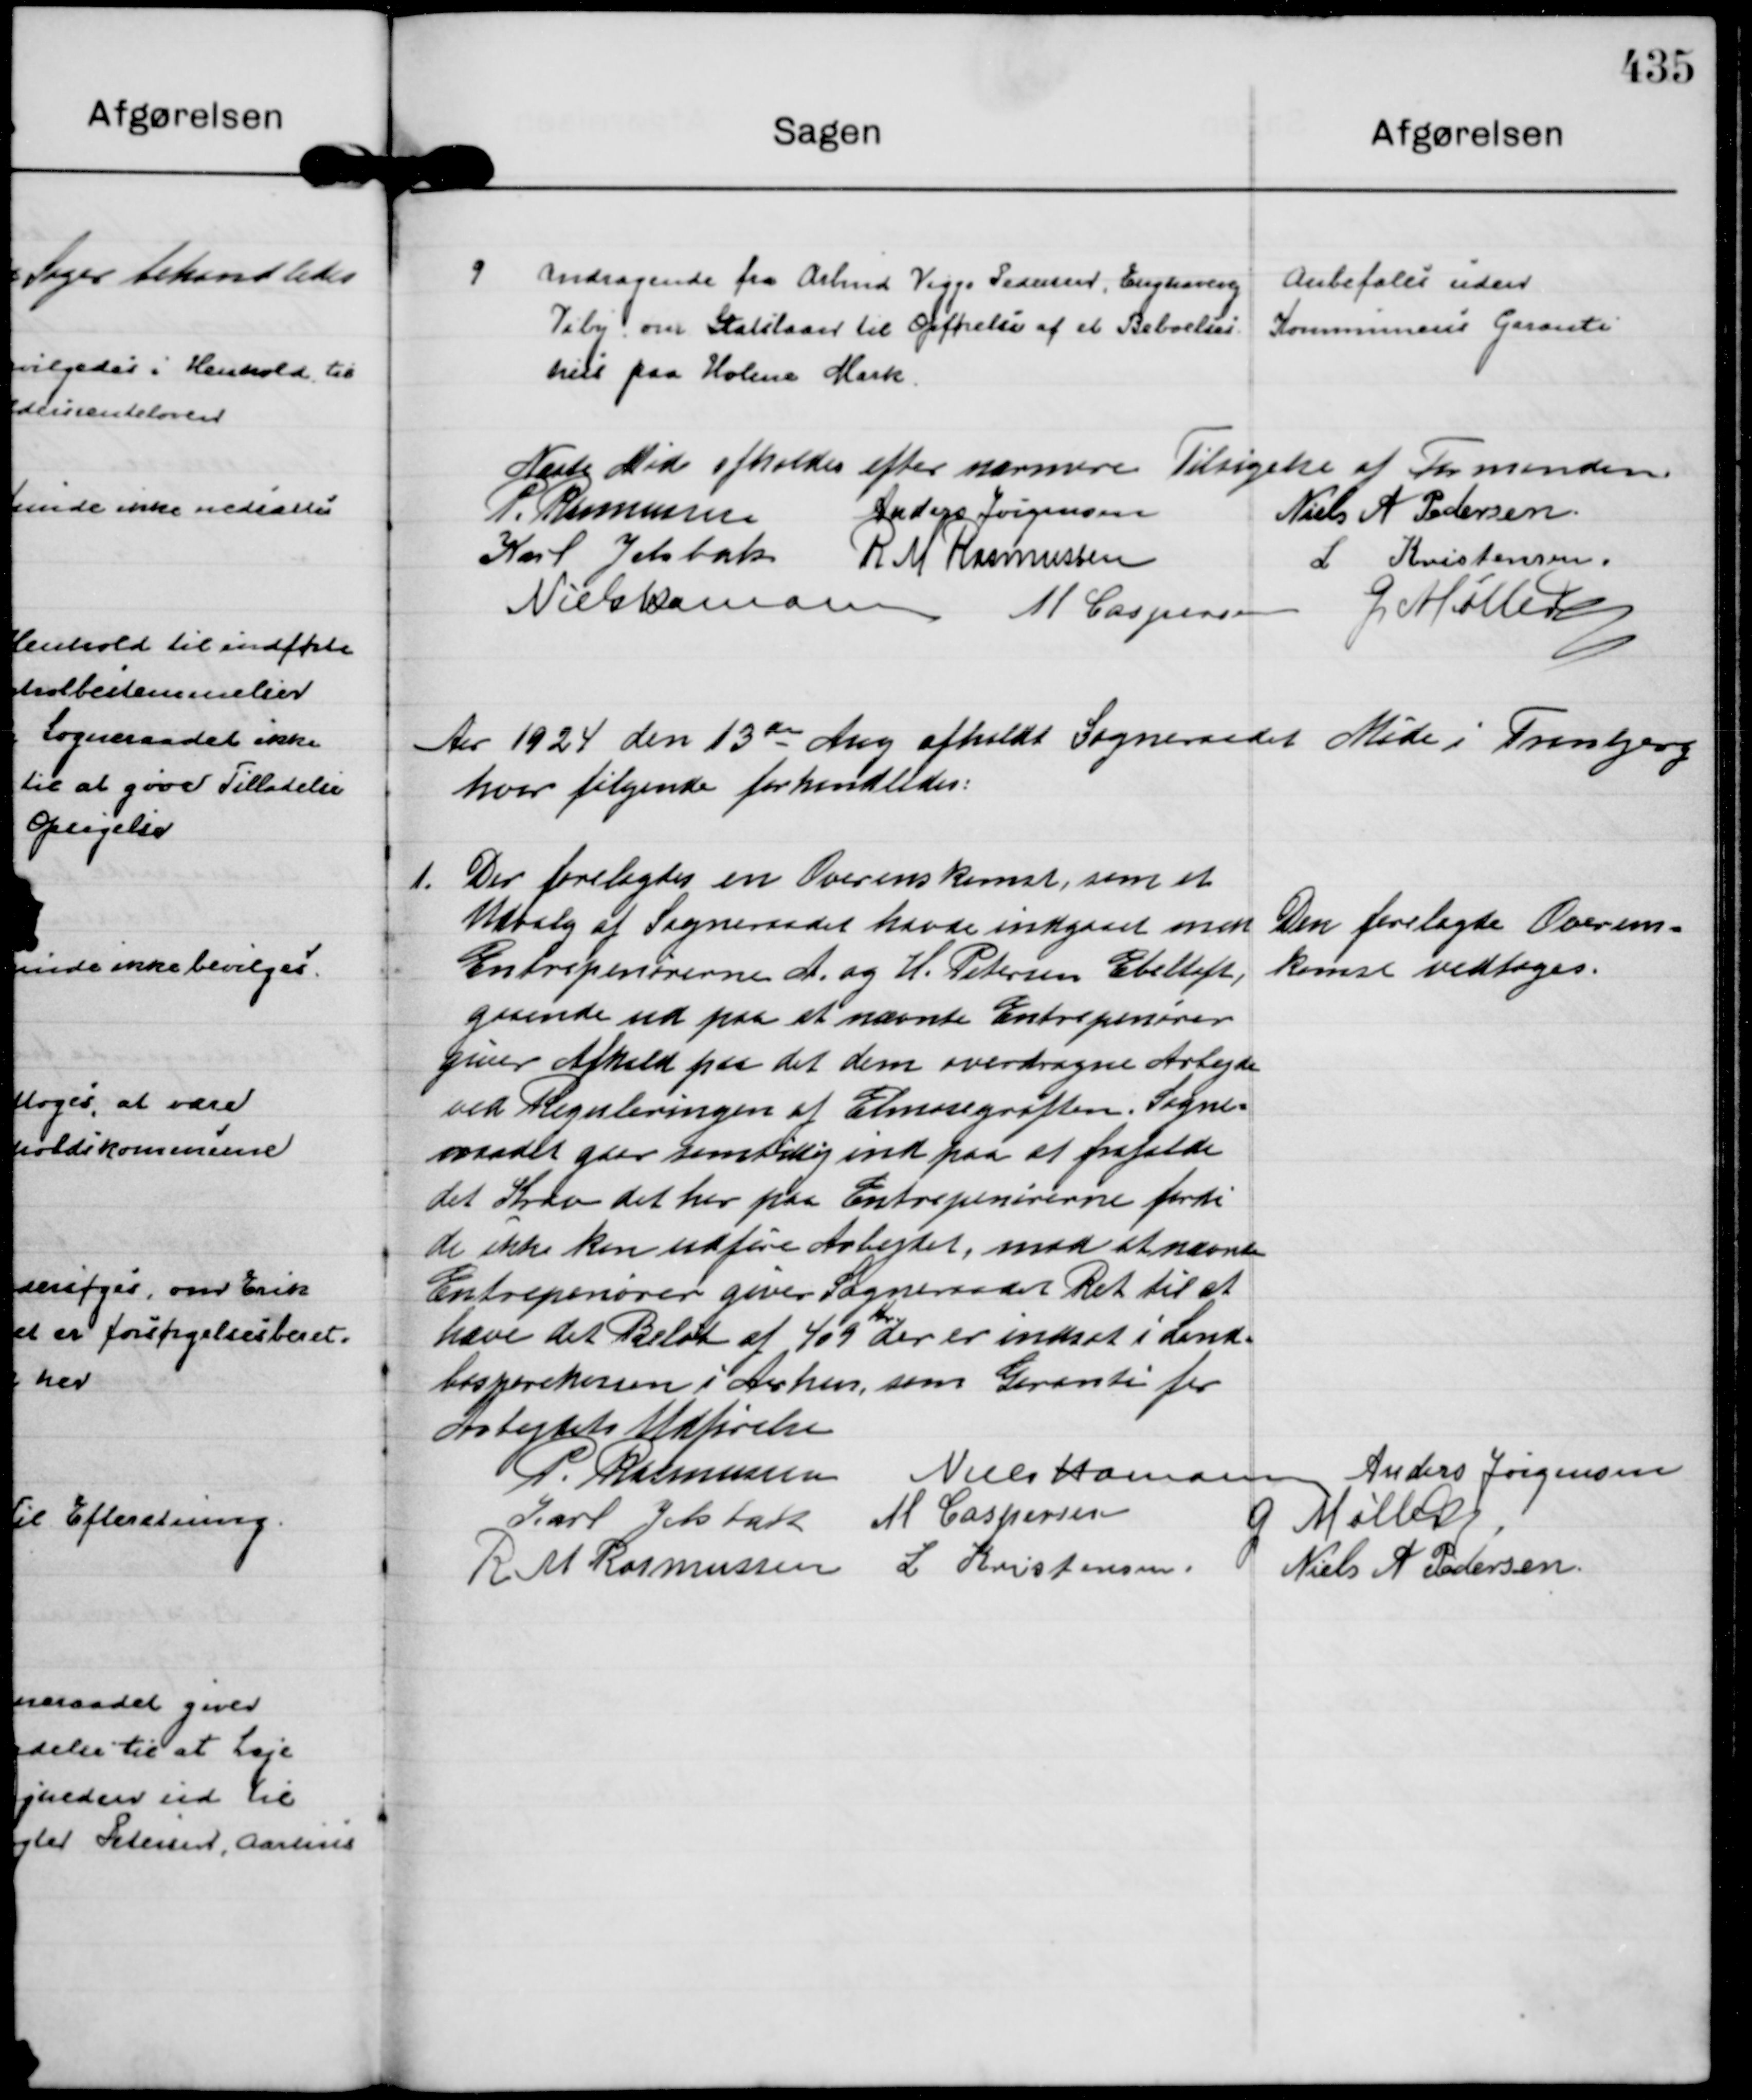
Transskription:
9
Andragende fra Arbmd Viggo Pedersen, Enghavevej
Viby om Statslaan til Opførelse af et Beboelses-
hus paa Holme Mark.

Anbefales uden
Kommunens Garanti

Næste Møde afholdes efter nærmere Tilsigelse af Formanden.
P. Rasmussen
Anders Jørgensen
Niels A Pedersen
Karl Jelsbak
R M Rasmussen
L Kristensen
Niels Hamann
M Caspersen
G Møller

Aar 1924 den 13 de Aug afholdt Sogneraadet Møde i Tranbjerg
hvor følgende forhandledes:

1.
Der forelagdes en Overenskomst, som et
Udvalg af Sogneraadet havde indgaaet men
Entrepenørerne A. og H. Petersen Ebeltoft,
gaaende ud paa at nævnte Entrepenører
giver Afkald paa det dem overdragne Arbejde
ved Reguleringen af Elmosegrøften. Sogne=
raadet gaar samtidig ind paa at frafalde
det Krav det har paa Entrepenørerne fordi
de ikke kan udføre Arbejdet, mod at nævnte
Entrepenører giver Sogneraadet Ret til at
hæve det Beløb af 409
Kr.
der er indsat i Land= 
bosparekassen i Aarhus, som Garanti for
Arbejdets Udførelse

Den forelagte Overens=
komst vedtoges.

P. Rasmussen
Niels Hamann
Anders Jørgensen
Karl Jelsbak
M Caspersen
G Møller
R M Rasmussen
L Kristensen.
Niels A Pedersen.